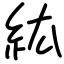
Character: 紘